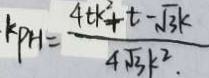
k _ { P H } = \frac { 4 t k ^ { 2 } + t - \sqrt { 3 } k } { 4 \sqrt { 3 } k ^ { 2 } . }